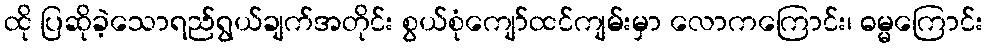
ထို ပြဆိုခဲ့သောရည်ရွယ်ချက်အတိုင်း စွယ်စုံကျော်ထင်ကျမ်းမှာ လောကကြောင်း၊ ဓမ္မကြောင်း